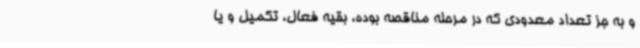
و به جز تعداد معدودی که در مرحله مناقصه بوده، بقیه فعال، تکمیل و یا